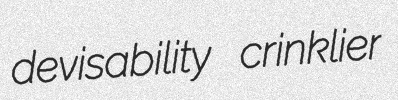
devisability crinklier